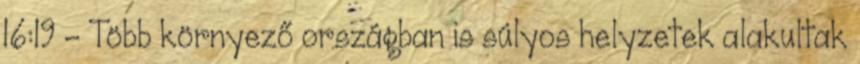
16:19 - Több környező országban is súlyos helyzetek alakultak